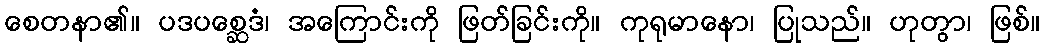
စေတနာ၏။ ပဒပစ္ဆေဒံ၊ အကြောင်းကို ဖြတ်ခြင်းကို။ ကုရုမာနော၊ ပြုသည်။ ဟုတွာ၊ ဖြစ်။